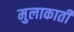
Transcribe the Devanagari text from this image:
मुलाकाती